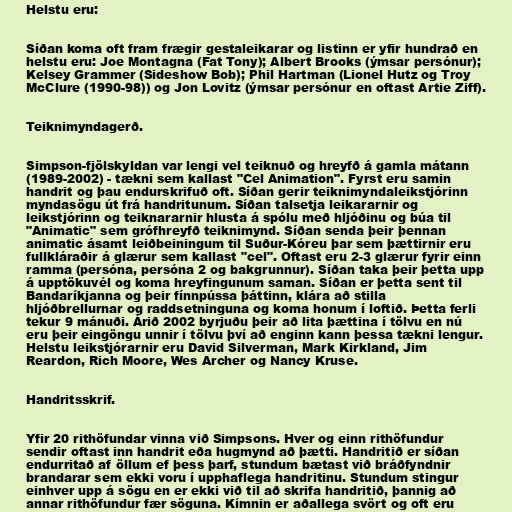
Helstu eru:

Síðan koma oft fram frægir gestaleikarar og listinn er yfir hundrað en
helstu eru: Joe Montagna (Fat Tony); Albert Brooks (ýmsar persónur);
Kelsey Grammer (Sideshow Bob); Phil Hartman (Lionel Hutz og Troy
McClure (1990-98)) og Jon Lovitz (ýmsar persónur en oftast Artie Ziff).

Teiknimyndagerð.

Simpson-fjölskyldan var lengi vel teiknuð og hreyfð á gamla mátann
(1989-2002) - tækni sem kallast "Cel Animation". Fyrst eru samin
handrit og þau endurskrifuð oft. Síðan gerir teiknimyndaleikstjórinn
myndasögu út frá handritunum. Síðan talsetja leikararnir og
leikstjórinn og teiknararnir hlusta á spólu með hljóðinu og búa til
"Animatic" sem grófhreyfð teiknimynd. Síðan senda þeir þennan
animatic ásamt leiðbeiningum til Suður-Kóreu þar sem þættirnir eru
fullkláraðir á glærur sem kallast "cel". Oftast eru 2-3 glærur fyrir einn
ramma (persóna, persóna 2 og bakgrunnur). Síðan taka þeir þetta upp
á upptökuvél og koma hreyfingunum saman. Síðan er þetta sent til
Bandaríkjanna og þeir fínnpússa þáttinn, klára að stilla
hljóðbrellurnar og raddsetninguna og koma honum í loftið. Þetta ferli
tekur 9 mánuði. Árið 2002 byrjuðu þeir að lita þættina í tölvu en nú
eru þeir eingöngu unnir í tölvu því að enginn kann þessa tækni lengur.
Helstu leikstjórarnir eru David Silverman, Mark Kirkland, Jim
Reardon, Rich Moore, Wes Archer og Nancy Kruse.

Handritsskrif.

Yfir 20 rithöfundar vinna við Simpsons. Hver og einn rithöfundur
sendir oftast inn handrit eða hugmynd að þætti. Handritið er síðan
endurritað af öllum ef þess þarf, stundum bætast við bráðfyndnir
brandarar sem ekki voru í upphaflega handritinu. Stundum stingur
einhver upp á sögu en er ekki við til að skrifa handritið, þannig að
annar rithöfundur fær söguna. Kímnin er aðallega svört og oft eru